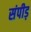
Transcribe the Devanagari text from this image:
संपीड़